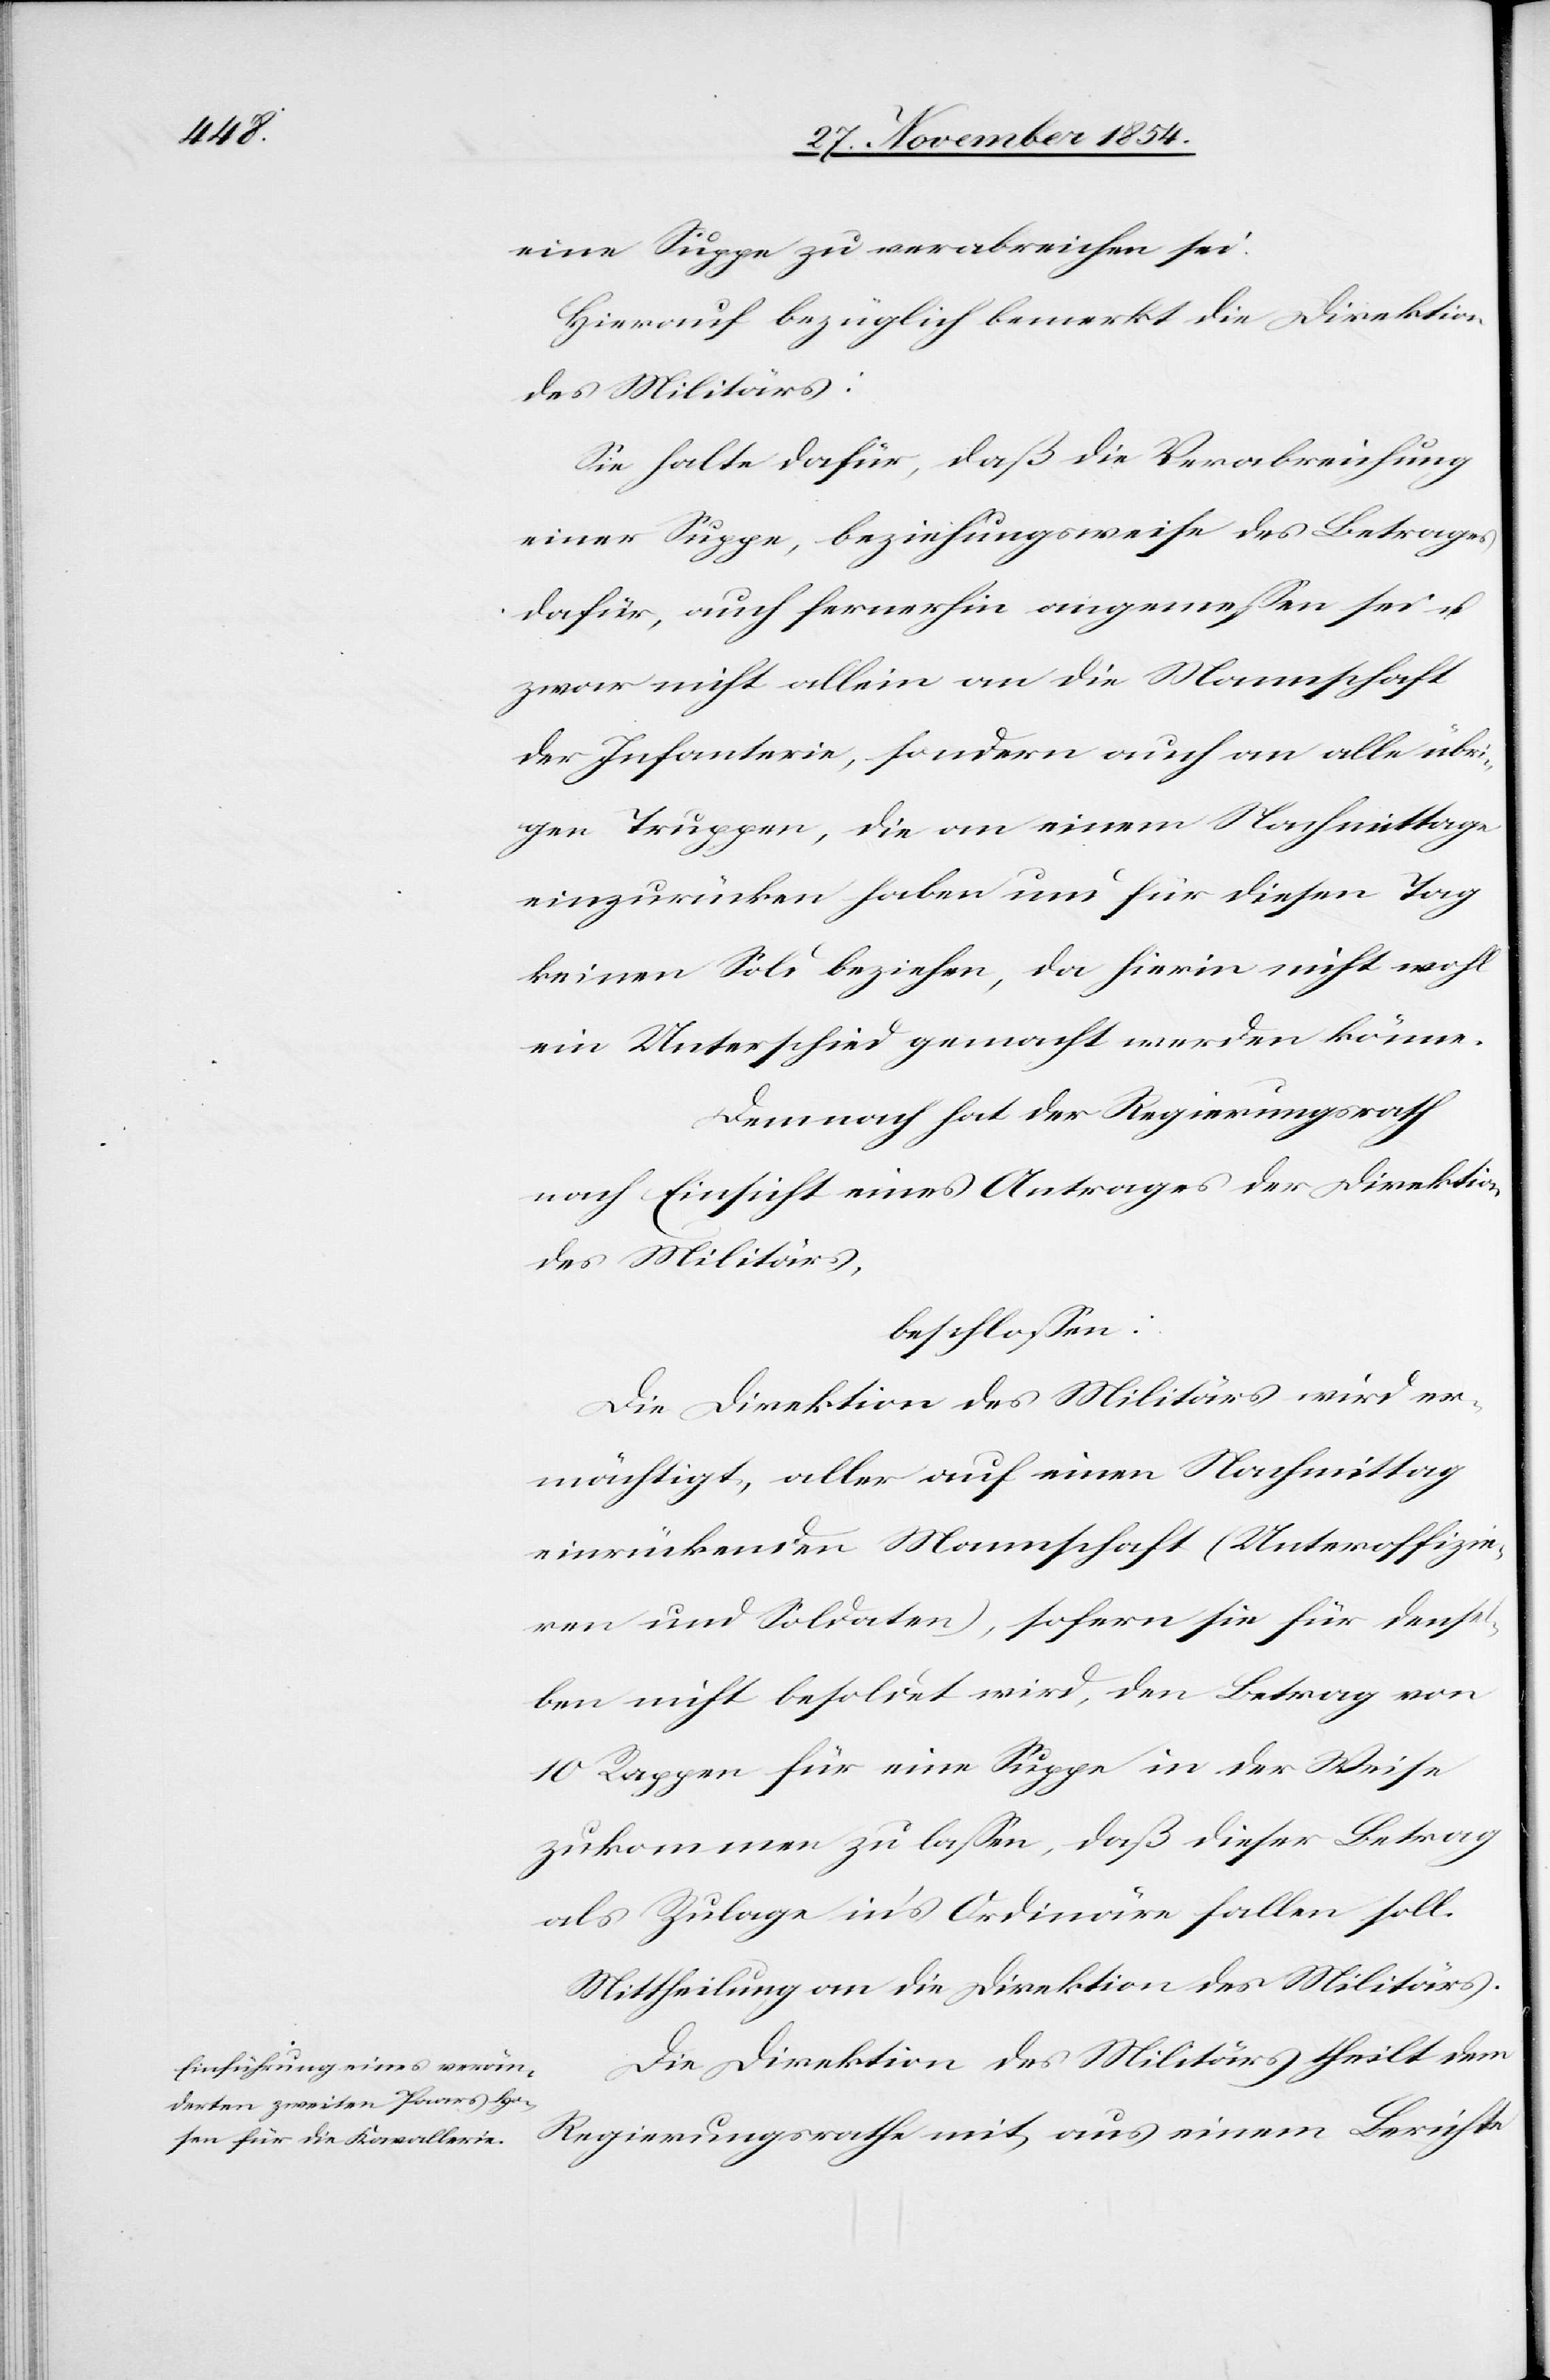
eine Suppe zu verabreichen sei.
Hierauf bezüglich bemerkt die Direktion
des Militärs:
Sie halte dafür, daß die Verabreichung
einer Suppe, beziehungsweise des Betrages
dafür, auch fernerhin angemeßen sei u.
zwar nicht allein an die Mannschaft
der Infanterie, sondern auch an alle übri¬
gen Truppen, die an einem Nachmittage
einzurücken haben und für diesen Tag
keinen Sold beziehen, da hierin nicht wohl
ein Unterschied gemacht werden könne.
Demnach hat der Regierungsrath
nach Einsicht eines Antrages der Direktion
des Militärs,
beschloßen:
Die Direktion des Militärs wird er¬
mächtigt, aller auf einen Nachmittag
einrückenden Mannschaft (Unteroffizie¬
ren und Soldaten), sofern sie für densel¬
ben nicht besoldet wird, den Betrag von
10 Rappen für eine Suppe in der Weise
zukommen zu laßen, daß dieser Betrag
als Zulage in’s Ordinäre halten soll.
Mittheilung an die Direktion des Militärs.
Die Direktion des Militärs theilt dem
Regierungsrathe mit, aus einem Berichte